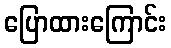
ပြောထားကြောင်း